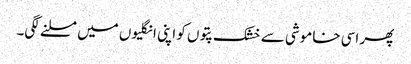
پھر اسی خاموشی سے خشک پتوں کو اپنی انگلیوں میں مسلنے لگی۔